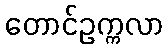
တောင်ဥက္ကလာ